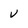
Character: v